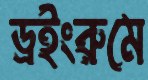
ড্রইংরুমে